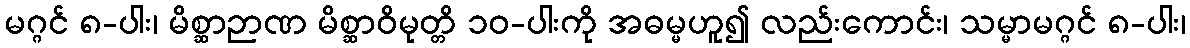
မဂ္ဂင် ၈-ပါး၊ မိစ္ဆာဉာဏ မိစ္ဆာဝိမုတ္တိ ၁၀-ပါးကို အဓမ္မဟူ၍ လည်းကောင်း၊ သမ္မာမဂ္ဂင် ၈-ပါး၊